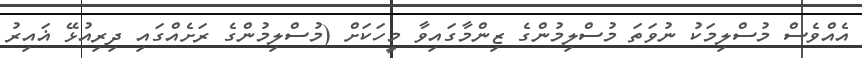
އެއްވެސް މުސްލިމަކު ނުވަތަ މުސްލިމުންގެ ޒިންމާގައިވާ މީހަކަށް (މުސްލިމުންގެ ރަށެއްގައި ދިރިއުޅޭ ޣައިރު